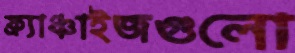
ফ্র্যাঞ্চাইজগুলো